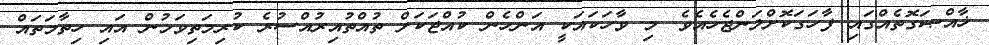
ޚާއްޞަގޮތެއްގައި ފާހަގަކޮށްލަންޖެހެއެވެ. މި ވާހަކައަކީ އަންހެން ކުއްޖަކަށް ތުއްތުއިރުއްސުރެ ކުރިމަތިވަމުން އައި ހިތާމަތައް